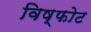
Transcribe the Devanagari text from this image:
विष्फोट